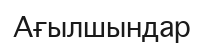
Ағылшындар